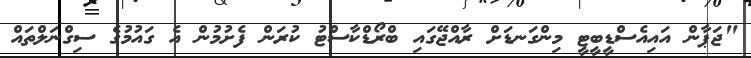
"ޖަޕާން އައިއެސްޑީބީޓީ މިންގަނޑަށް ރާއްޖޭގައި ބްރޯޑްކާސްޓު ކުރަން ފެށުމުން އެ ގައުމުގެ ސިގްނަލްތައް